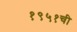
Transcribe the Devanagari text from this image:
१९५१ची